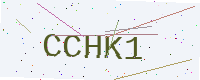
Text: CCHK1